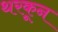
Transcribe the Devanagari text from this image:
थरकून